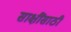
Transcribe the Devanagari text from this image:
साक्षींसाठी